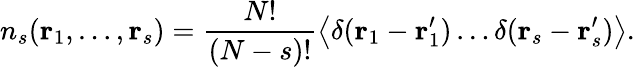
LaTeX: n_{s}(\mathbf{r}_{1},\dots,\mathbf{r}_{s})={\frac{N!}{(N-s)!}}{\big\langle}\delta(\mathbf{r}_{1}-\mathbf{r}_{1}^{\prime})\dots\delta(\mathbf{r}_{s}-\mathbf{r}_{s}^{\prime}){\big\rangle}.